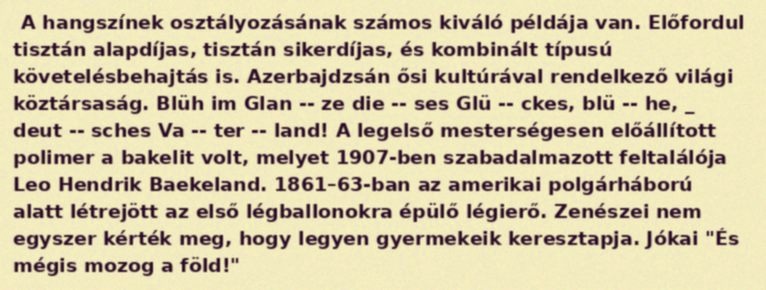
A hangszínek osztályozásának számos kiváló példája van. Előfordul tisztán alapdíjas, tisztán sikerdíjas, és kombinált típusú követelésbehajtás is. Azerbajdzsán ősi kultúrával rendelkező világi köztársaság. Blüh im Glan -- ze die -- ses Glü -- ckes, blü -- he, _ deut -- sches Va -- ter -- land! A legelső mesterségesen előállított polimer a bakelit volt, melyet 1907-ben szabadalmazott feltalálója Leo Hendrik Baekeland. 1861–63-ban az amerikai polgárháború alatt létrejött az első légballonokra épülő légierő. Zenészei nem egyszer kérték meg, hogy legyen gyermekeik keresztapja. Jókai "És mégis mozog a föld!"